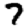
Digit: 7